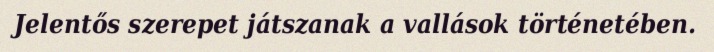
Jelentős szerepet játszanak a vallások történetében.